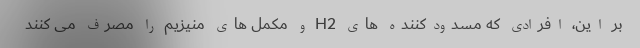
بر این، افرادی که مسدودکننده های H2 و مکمل های منیزیم را مصرف می کنند